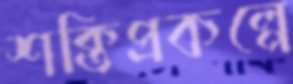
শক্তিপ্রকল্পে